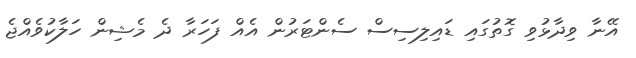
އޭނާ ވިދާޅުވި ގޮތުގައި ޑައިލިސިސް ސެންޓަރުން އެއް ފަހަރާ ދެ މެޝިން ހަލާކުވެއްޖެ